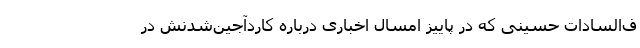
ف‌السادات حسینی که در پاییز امسال اخباری درباره کاردآجین‌شدنش در